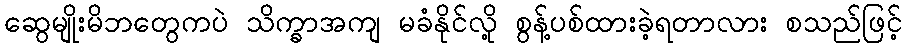
ဆွေမျိုးမိဘတွေကပဲ သိက္ခာအကျ မခံနိုင်လို့ စွန့်ပစ်ထားခဲ့ရတာလား စသည်ဖြင့်